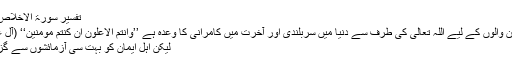
تفسیر سورۃ الاخلاص، ص: ۳۴۷)
ایسے ہی ایمان والوں کے لیے اللہ تعالی کی طرف سے دنیا میں سربلندی اور آخرت میں کامرانی کا وعدہ ہے ’’وانتم الاعلون ان کنتم مومنین‘‘ (آل عمران: ۱۳۹)
لیکن اہل ایمان کو بہت سی آزمائشوں سے گزرنا پڑتا ہے۔